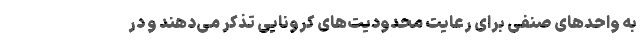
به واحد‌های صنفی برای رعایت محدودیت‌های کرونایی تذکر می‌دهند و در